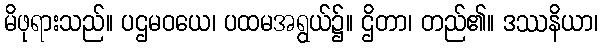
မိဖုရားသည်။ ပဌမဝယေ၊ ပထမအရွယ်၌။ ဌိတာ၊ တည်၏။ ဒဿနိယာ၊